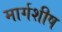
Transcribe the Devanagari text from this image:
मार्गशीष